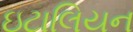
ઇટાલિયન